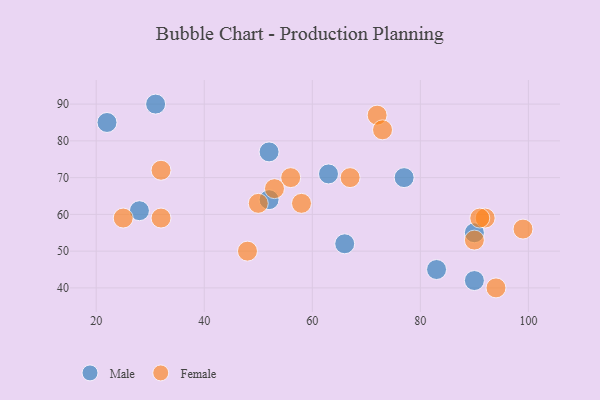
{"axis": {"x": "GDP", "y": "Life Expectancy"}, "legend": ["Female", "Male"], "data": [{"x": "77", "y": 70, "type": "Male"}, {"x": "63", "y": 71, "type": "Male"}, {"x": "52", "y": 64, "type": "Male"}, {"x": "28", "y": 61, "type": "Male"}, {"x": "31", "y": 90, "type": "Male"}, {"x": "90", "y": 55, "type": "Male"}, {"x": "66", "y": 52, "type": "Male"}, {"x": "83", "y": 45, "type": "Male"}, {"x": "22", "y": 85, "type": "Male"}, {"x": "90", "y": 42, "type": "Male"}, {"x": "52", "y": 77, "type": "Male"}, {"x": "56", "y": 70, "type": "Female"}, {"x": "58", "y": 63, "type": "Female"}, {"x": "94", "y": 40, "type": "Female"}, {"x": "90", "y": 53, "type": "Female"}, {"x": "72", "y": 87, "type": "Female"}, {"x": "99", "y": 56, "type": "Female"}, {"x": "50", "y": 63, "type": "Female"}, {"x": "92", "y": 59, "type": "Female"}, {"x": "73", "y": 83, "type": "Female"}, {"x": "53", "y": 67, "type": "Female"}, {"x": "48", "y": 50, "type": "Female"}, {"x": "67", "y": 70, "type": "Female"}, {"x": "25", "y": 59, "type": "Female"}, {"x": "91", "y": 59, "type": "Female"}, {"x": "32", "y": 59, "type": "Female"}, {"x": "32", "y": 72, "type": "Female"}]}